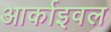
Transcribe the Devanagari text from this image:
आर्काइवल